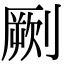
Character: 劂